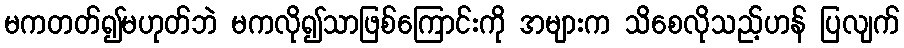
မကတတ်၍မဟုတ်ဘဲ မကလို၍သာဖြစ်ကြောင်းကို အများက သိစေလိုသည့်ဟန် ပြလျက်